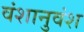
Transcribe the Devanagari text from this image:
वंशानुवंश